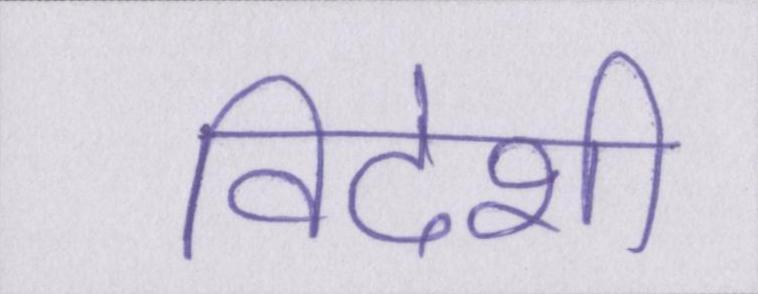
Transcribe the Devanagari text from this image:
विदेशी